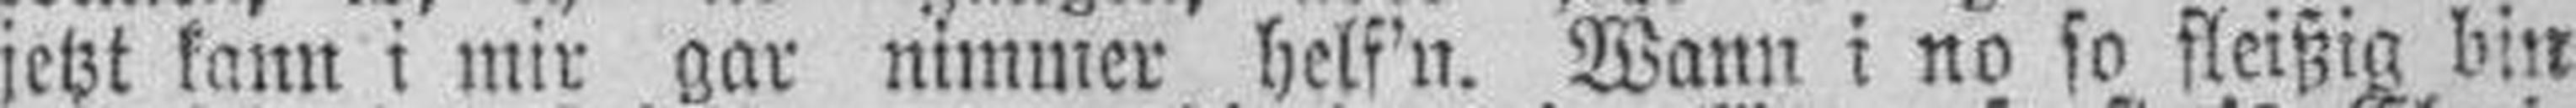
jetzt kann i mir gar nimmer helf'n. Wann i no so fleißig bin